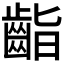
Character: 𪗷